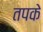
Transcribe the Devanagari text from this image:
तपके